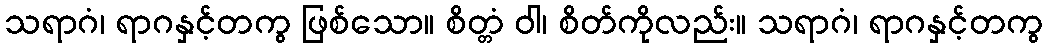
သရာဂံ၊ ရာဂနှင့်တကွ ဖြစ်သော။ စိတ္တံ ဝါ၊ စိတ်ကိုလည်း။ သရာဂံ၊ ရာဂနှင့်တကွ